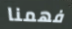
فهمنا